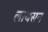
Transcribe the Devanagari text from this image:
लायसन